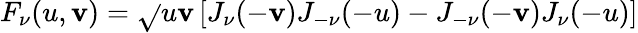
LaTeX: F_{\nu}(u,\mathbf{v})=\sqrt{}{{u\mathbf{v}}}\left[J_{\nu}(-\mathbf{v})J_{-\nu}(-u)-J_{-\nu}(-\mathbf{v})J_{\nu}(-u)\right]